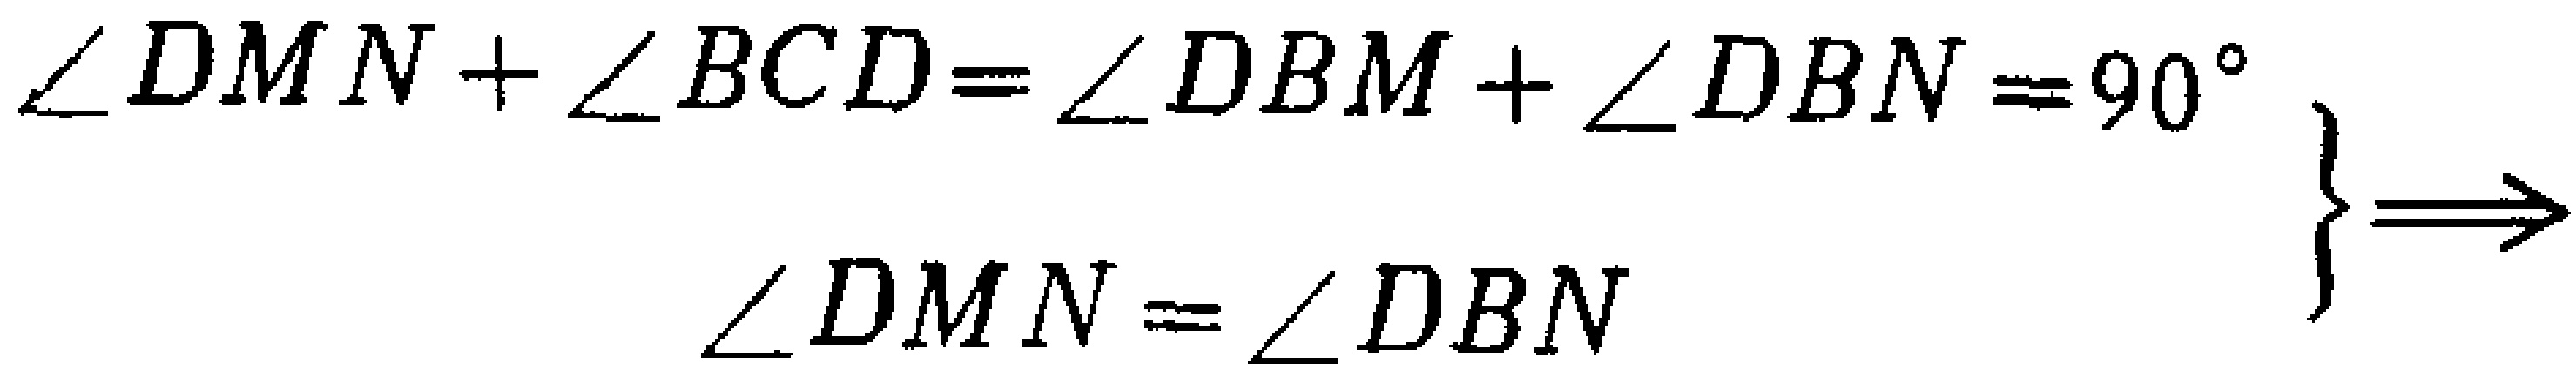
\[\left.

\begin{array}{l}

\angle DMN+\angle BCD=\angle DBM+\angle DBN = 90^{\circ}\\

\angle DMN=\angle DBN

\end{array}

\right\}

\Longrightarrow

\]